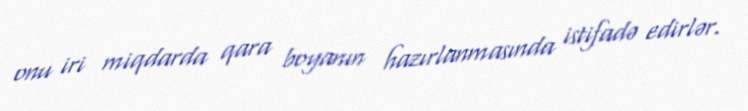
onu iri miqdarda qara boyanın hazırlanmasında istifadə edirlər.